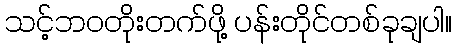
သင့်ဘဝတိုးတက်ဖို့ ပန်းတိုင်တစ်ခုချပါ။